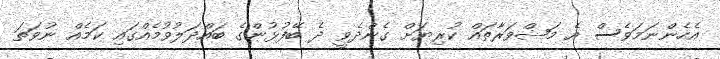
އެހެންނަމަވެސް އެ މަޝްވަރާތައް ކުރިޔަށް ގެންދެވީ ދެ ބޭފުޅުންގެ ބައްދަލުވުމެއްގައި ކަމެއް ނުވަތަ